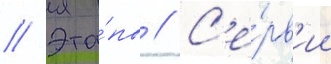
// Эта́пы // С'е́рв'ии